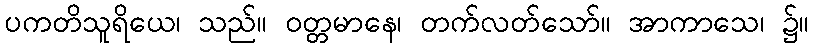
ပကတိသူရိယေ၊ သည်။ ဝတ္တမာနေ၊ တက်လတ်သော်။ အာကာသေ၊ ၌။